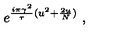
e ^ { { \frac { i \pi \gamma ^ { 2 } } { \tau } } ( u ^ { 2 } + { \frac { 2 u } { N } } ) } \ ,